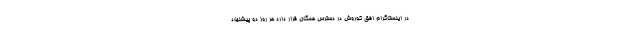
در اینستاگرام افق کوروش در دسترس همگان قرار دارد هر روز دو پیشنهاد